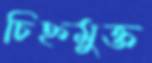
চিহ্নমুক্ত